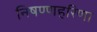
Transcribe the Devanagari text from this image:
निषण्णहरिणा